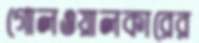
গোলওয়ালকারের